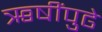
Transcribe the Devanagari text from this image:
ऋषींपुढे